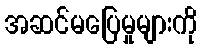
အဆင်မပြေမှုများကို